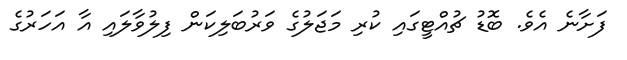
ފަށާނެ އެވެ. ބޮޑު ޗުއްޓީގައި ކުރި މަޖަލުގެ ވަރުބަލިކަން ފިލުވާލައި އާ އަހަރުގެ